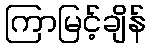
ကြာမြင့်ချိန်